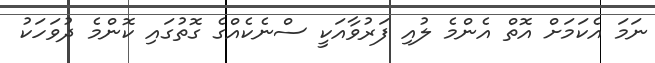
ނަމަ އެކަމަށް އޮތް އެންމެ ލުއި ފަރުވާއަކީ ސްނެކެއްގެ ގޮތުގައި ކޮންމެ ދުވަހަކު